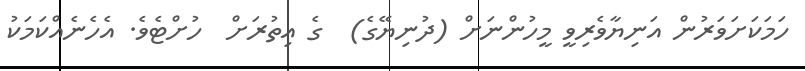
ހަމަކަށަވަރުން އަނިޔާވެރިވީ މީހުންނަށް (ދުނިޔޭގެ)  ގެ އިތުރަށް  ހުށްޓެވެ. އެހެނެއްކަމަކު